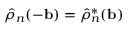
\hat { \rho } _ { n } ( - \mathbf { b } ) = \hat { \rho } _ { n } ^ { * } ( \mathbf { b } )